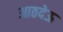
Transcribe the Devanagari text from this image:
आठदेऊ